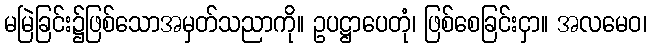
မမြဲခြင်း၌ဖြစ်သောအမှတ်သညာကို။ ဥပဋ္ဌာပေတုံ၊ ဖြစ်စေခြင်းငှာ။ အလမေဝ၊